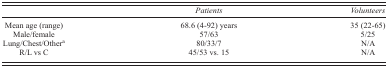
<table><thead><tr><td></td><td><b><i>Patients</i></b></td><td><b><i>Volunteers</i></b></td></tr></thead><tbody><tr><td>Mean age (range)</td><td>68.6 (4–92) years</td><td>35 (22–65)</td></tr><tr><td>Male/female</td><td>57/63</td><td>5/25</td></tr><tr><td>Lung/Chest/Other<sup>a</sup></td><td>80/33/7</td><td>N/A</td></tr><tr><td>R/L vs C</td><td>45/53 vs. 15</td><td>N/A</td></tr></tbody></table>